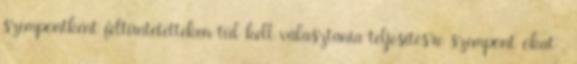
szempontként feltüntetetteken túl kell választania teljesítésre szempont okat .